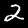
Digit: 2